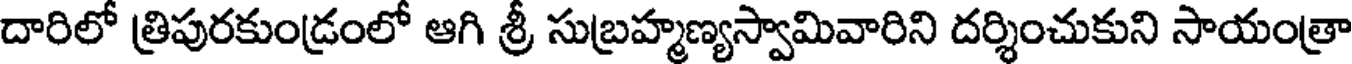
దారిలో త్రిపురకుండ్రంలో ఆగి శ్రీ సుబ్రహ్మణ్యస్వామివారిని దర్శించుకుని సాయంత్రా